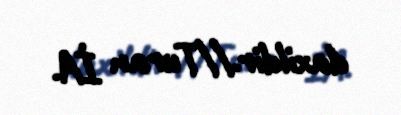
daxildir.//Turan İA.